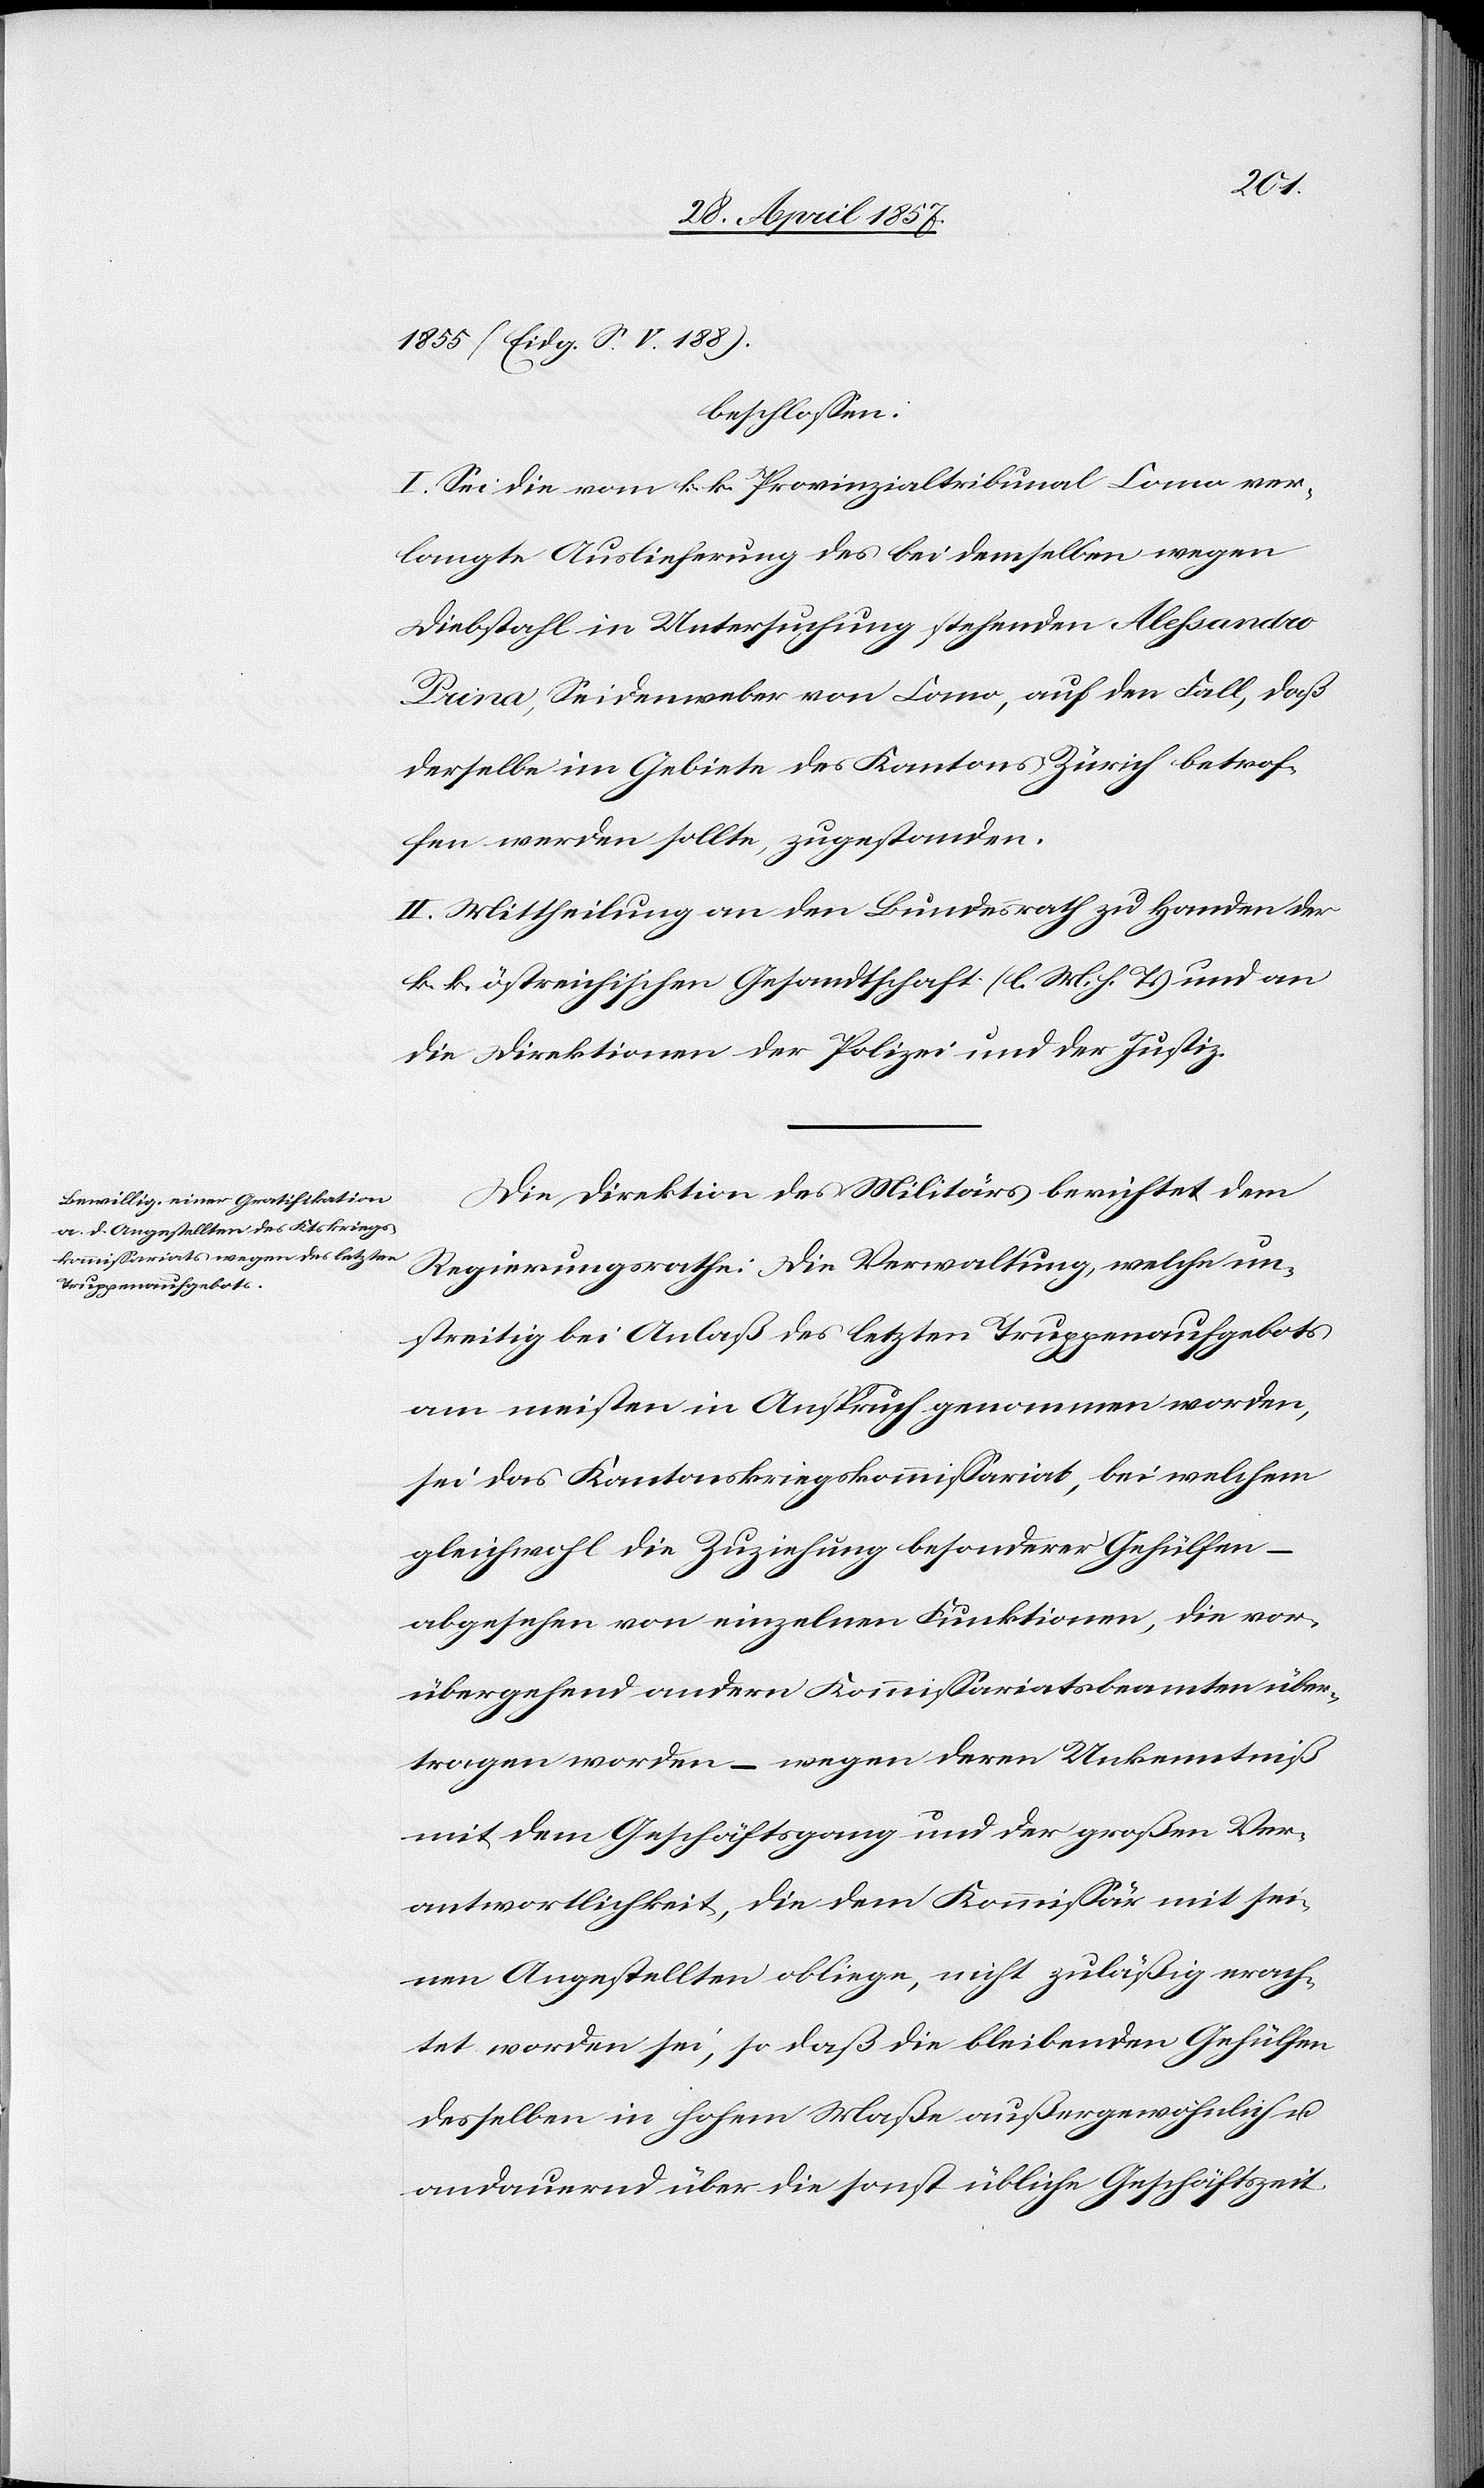
1855 (Eidg. S. V. 188).
beschloßen:
I. Sei die vom k. k. Provinzialtribunal Como ver¬
langte Auslieferung des bei demselben wegen
Diebstahl in Untersuchung stehenden Alessandro
Prina, Seidenweber von Como, auf den Fall, daß
derselbe im Gebiete des Kantons Zürich betrof¬
fen werden sollte, zugestanden.
II. Mittheilung an den Bundesrath zu Handen der
k. k. östreichischen Gesandtschaft [l. M. h. T] und an
die Direktion der Polizei und der Justiz.
Die Direktion des Militärs berichtet dem
Regierungsrathe: Die Verwaltung, welche un¬
streitig bei Anlaß des letzten Truppenaufgebots
am meisten in Anspruch genommen worden,
sei das Kantonskriegskommißariat, bei welchem
gleichwohl die Zuziehung besonderer Gehülfen –
abgesehen von einzelnen Funktionen, die vor¬
übergehend andern Kommißariatsbeamten über¬
tragen worden – wegen deren Unkenntniß
mit dem Geschäftsgang und der großen Ver¬
antwortlichkeit, die dem Kommißär mit sei¬
nen Angestellten obliege, nicht zuläßig erach¬
tet worden sei, so daß die bleibenden Gehülfen
desselben in hohem Maße außergewöhnlich u.
andauernd über die sonst übliche Geschäftszeit